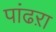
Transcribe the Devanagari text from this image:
पांढऱा